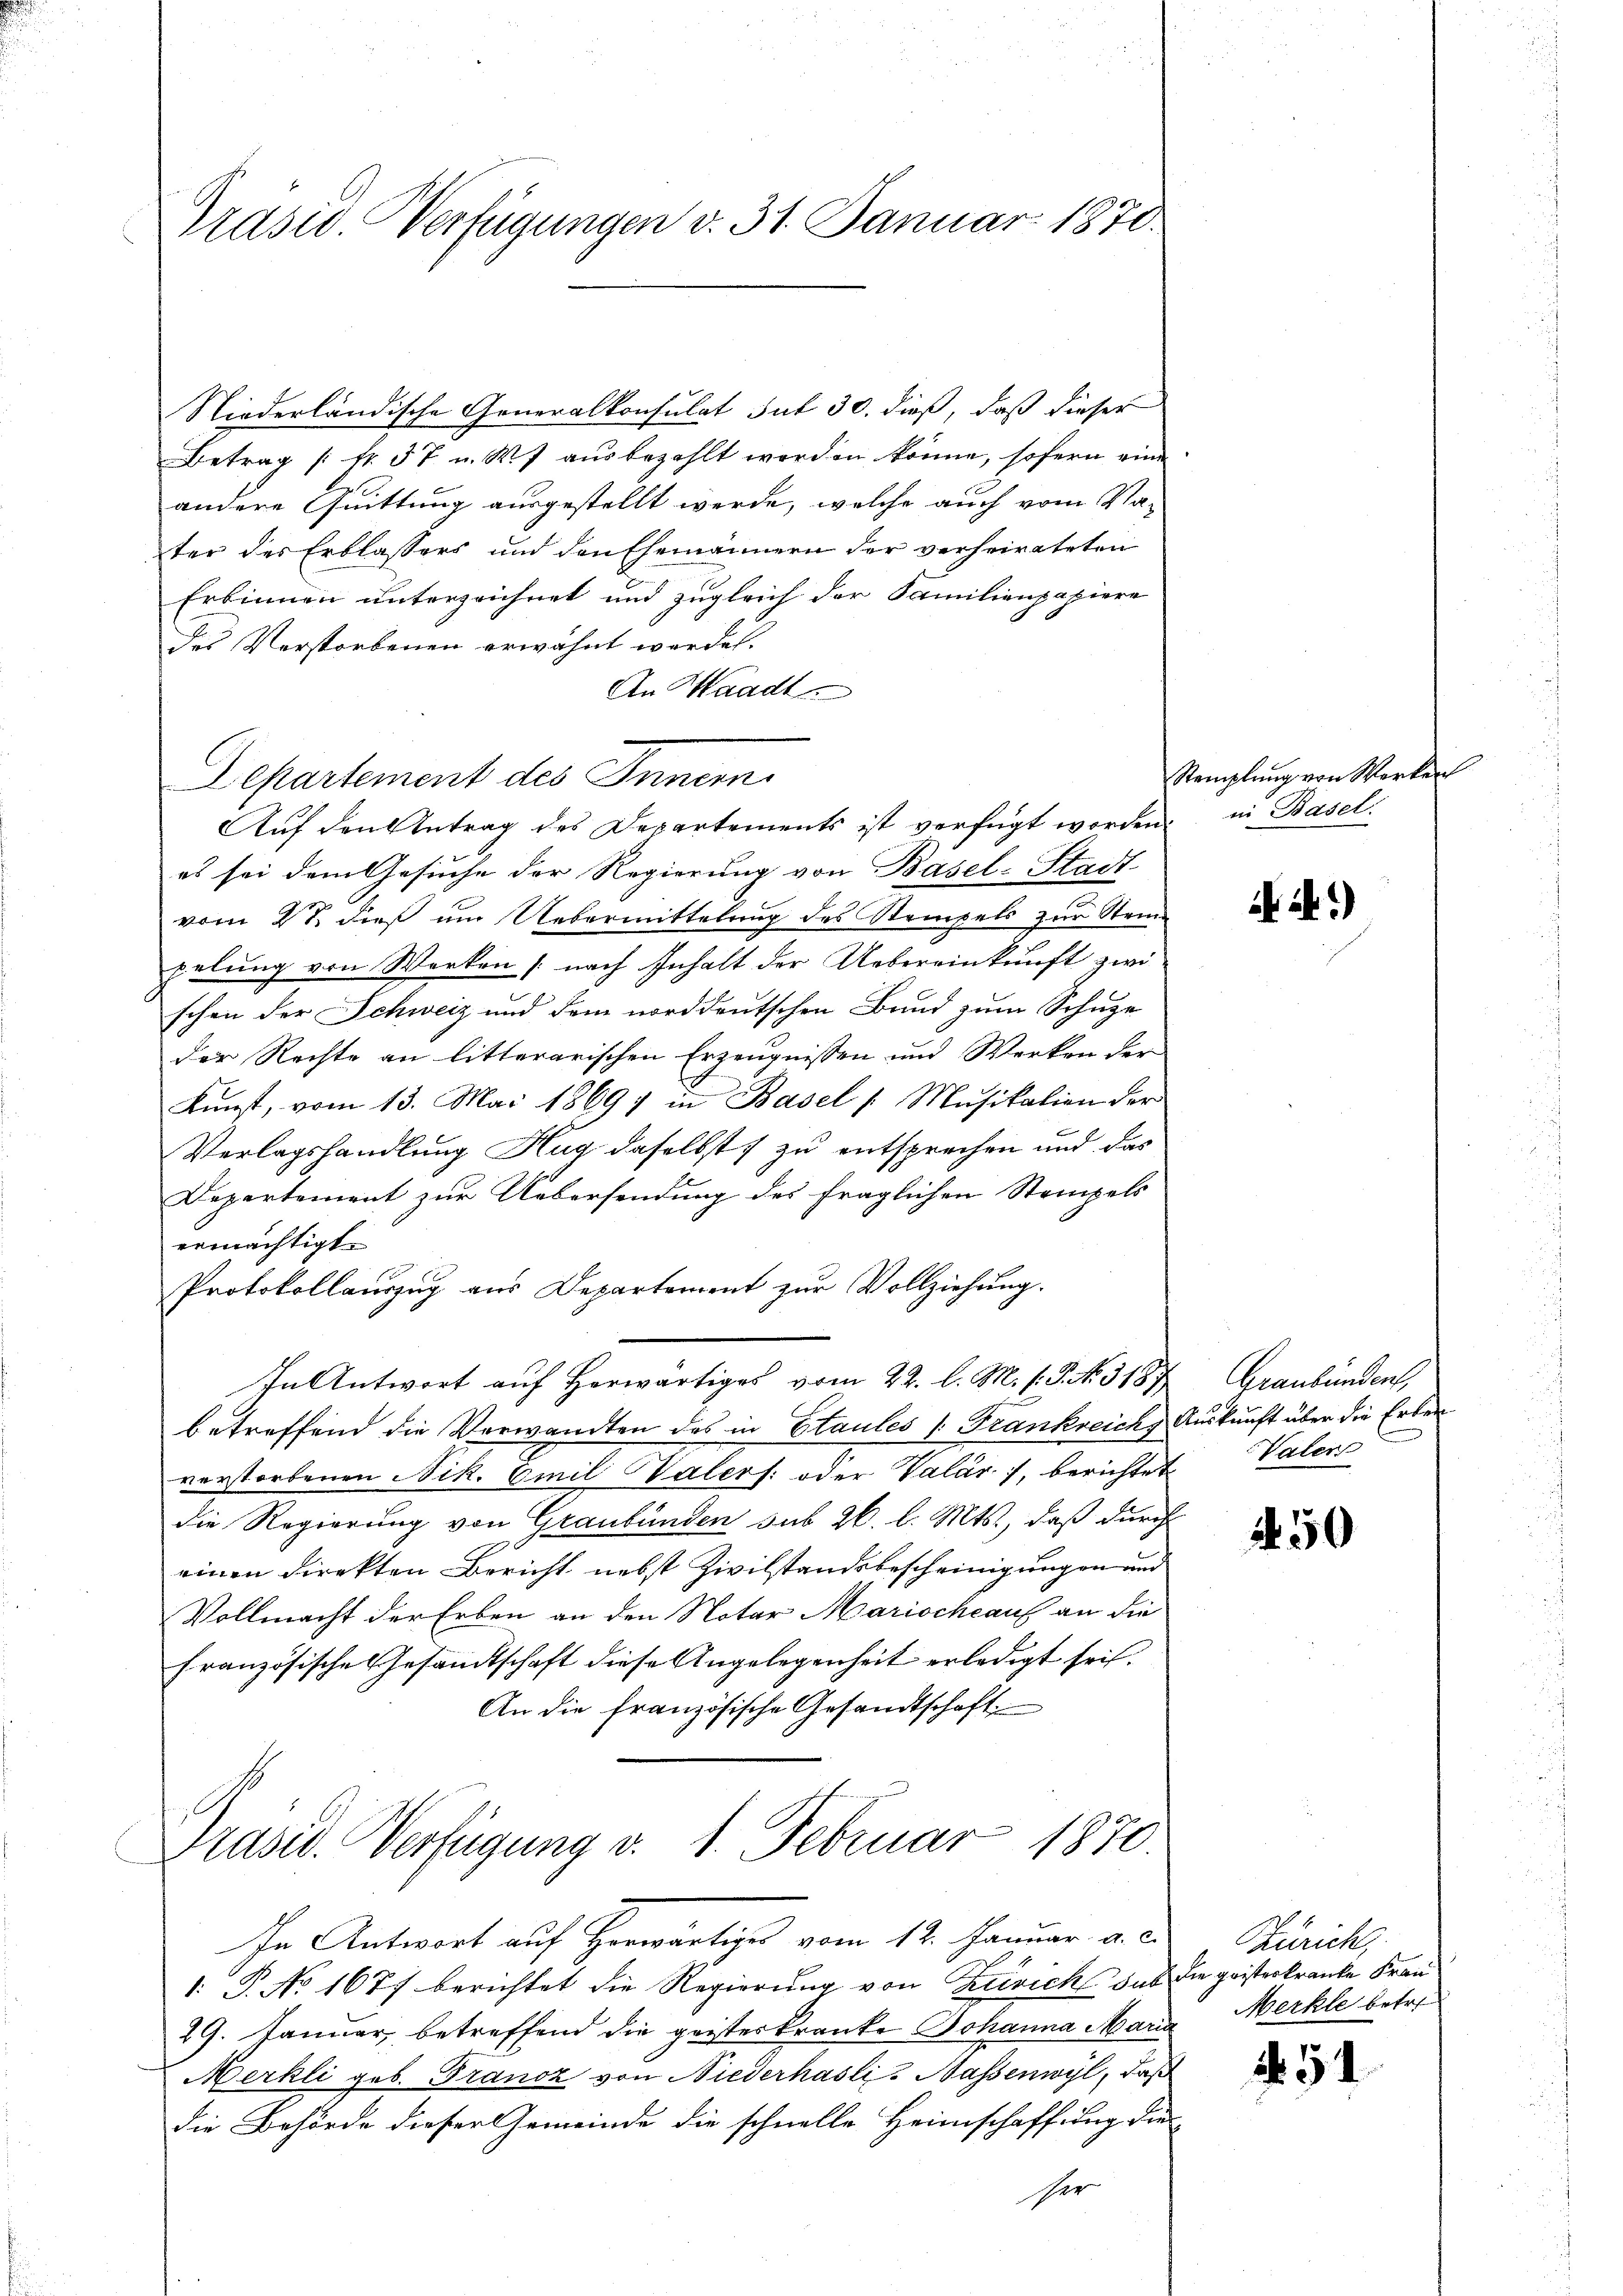
Präsid. Verfügungen v. 31. Januar 1870.

Niederländische Generalkonsulat Tut 30. dieß, daß dieser
Betrag / Nr. 57 u. W. ausbezahlt werden könne, sofern eine
andere Quittung ausgestellt werde, welche auch vom Va-
ter des Erblassers und den Ehemännern der verheirateten
Erbinnen unterzeichnet und zugleich der Familienpapiere
Des Verstorbenen erwähnt werden.
An Waadt
Departement des Inner
Aŭf den Antrag des Departements ist verfügt worden; in Basel.
es sei dem Gesuche der Regierung von Basel-Stadt
vom 27. dieß um Uebermittelung des Stempels zur Steine
pelung von Werken (nach Inhalt der Uebereinkunft zwischon der Schweiz und dem norddeutschen Bund zum Schuze
der Rechte an litterarischen Erzeugnissen und Werken der
Kunst, vom 13. Mai 18697 in Basel /: Musikalien der
Verlagshandlung Hug daselbst zu entsprechen und das
Departement zur Uebersendung des fraglichen Stempels
ermächtigt.
Protokollauszug aus Departement zur Vollziehung.
In Antwort auf herwärtiges vom 22. l. M. (: P. N. 1187
betreffend die Verwandten des in Staules /: Frankreiche Auskunft über die Erben
verstorbenen Nik. Emil Valers oder Valár), berichtet Valen
die Regierung von Graubünden sub 26. l. Mts., daß durch
einen direkten Bericht nebst Zivilstandsbescheinigungen und
Vollmacht der Erben an den Notar Marische auf an die
Französische Gesandtschaft diese Angelegenheit erledigt sei.
An die französische Gesandtschaft
Präsid. Verfügung v. 1. Februar 1870.

In Antwort auf Horwärtiges vom 12. Januar a. c.
1: P. No 1677 berichtet die Regierung von Zürich das die geisterkranke Fran¬
29. Januar, betreffend die geisterkranke Johanna Maria Merkle betr.
Merkli geb. Franz von Niederhasli-Hassenwyl, daß
die Behörde dieser Gemeinde die schnelle Heimschaffung dies
sher

Stemplung von Werken

h. 2.)

Graubünden,

250

Züricht

251